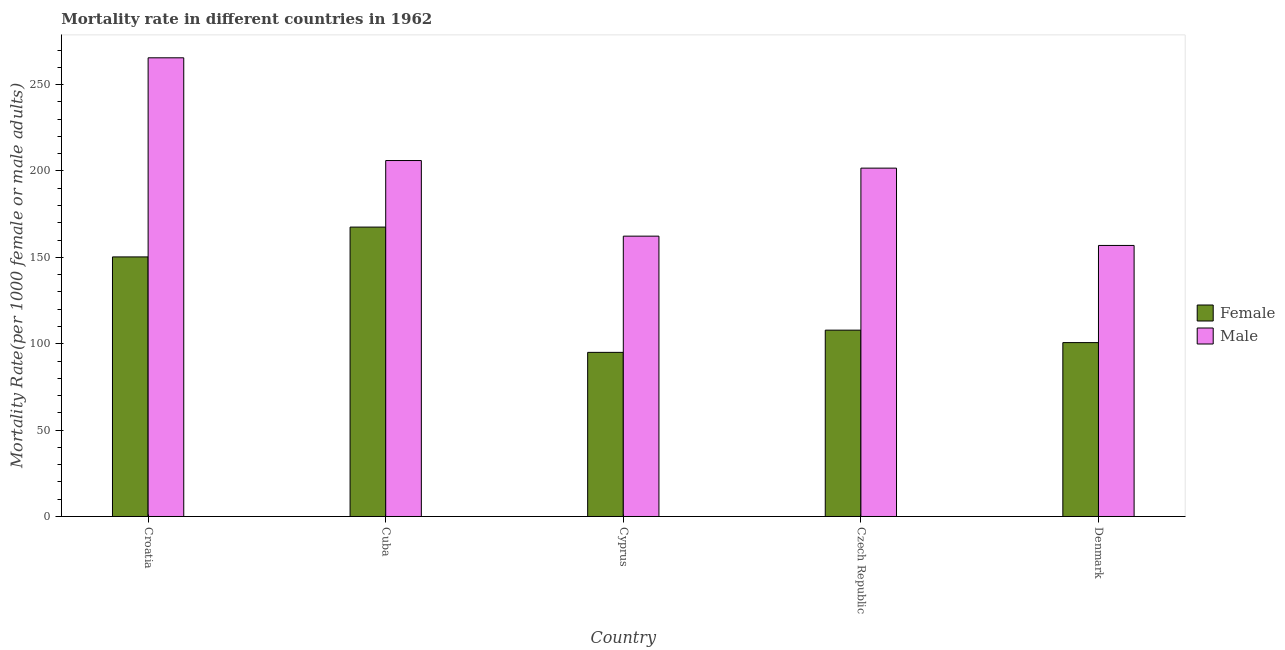
| Country | Female | Male |
 | --- | --- | --- |
 | Croatia | 150 | 266 |
 | Cuba | 168 | 206 |
 | Cyprus | 95 | 162 |
 | Czech Republic | 108 | 202 |
 | Denmark | 101 | 157 |